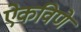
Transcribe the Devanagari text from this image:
ऐकविणे